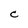
Character: C